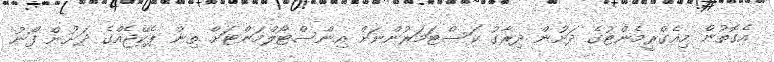
އެގޮތުން މިއެގްރީމެންޓުގެ ދަށުން ދިރާގު ކަސްޓަމަރުންނަށް އިންސްޓޯލްމަންޓަށް ތިން ޕެކޭޖެއްގެ ދަށުން ފޯނު